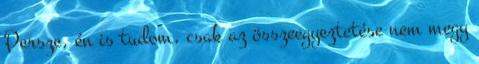
Persze, én is tudom, csak az összeegyeztetése nem megy